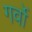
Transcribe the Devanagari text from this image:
गर्वो